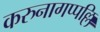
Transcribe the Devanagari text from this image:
करुनागप्पल्लि